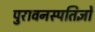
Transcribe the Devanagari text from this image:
पुरावनस्पतिज्ञों